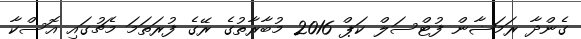
ގެންދާ ރަމަޟާން ފުޓްސަލް ކަޕް 2016 މުބާރާތުގެ ރޭގެ ފުރަތަމަ މެޗުގައި އޮސްކާ